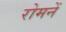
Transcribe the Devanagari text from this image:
रोमनें